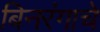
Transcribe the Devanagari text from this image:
बिनरंगाचे